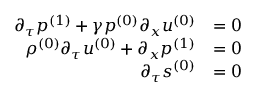
\begin{array} { r l } { \partial _ { \tau } \ensuremath { p ^ { ( 1 ) } } + \gamma \ensuremath { p ^ { ( 0 ) } } \partial _ { x } \ensuremath { u ^ { ( 0 ) } } } & { = 0 } \\ { \ensuremath { \rho ^ { ( 0 ) } } \partial _ { \tau } \ensuremath { u ^ { ( 0 ) } } + \partial _ { x } \ensuremath { p ^ { ( 1 ) } } } & { = 0 } \\ { \partial _ { \tau } \ensuremath { s ^ { ( 0 ) } } } & { = 0 } \end{array}